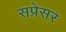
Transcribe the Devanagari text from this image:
सप्रेसर